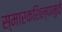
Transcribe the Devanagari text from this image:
स्मारकशिल्पामुळे